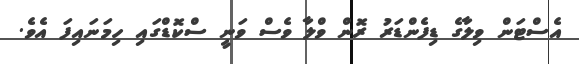
އެސްޓަން ވިލާގެ ޑިފެންޑަރު ރޮން ވްލާ ވެސް ވަނީ ސްކޮޑްގައި ހިމަނައިފަ އެވެ.